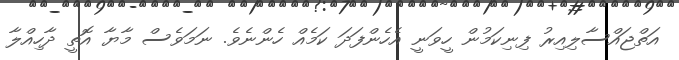
އަތްޖައްސާލިއިރު ފިނިކަމުން ހީވަނީ އެހެންފަދަ ކަމެއް ހެންނެވެ. ނަމަވެސް މާޔާ އޮތީ ދާހިއްލާ